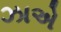
ઝાએ